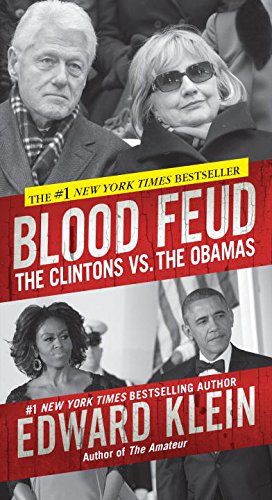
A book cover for Blood Feud: The Clintons vs. The Obamas; Edward Klein; Politics & Social Sciences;